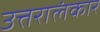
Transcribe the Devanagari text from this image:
उत्तरालंकार